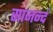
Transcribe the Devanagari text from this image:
सानन्दं